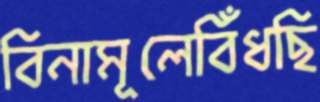
বিনামূলেবিঁধছি